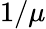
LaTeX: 1/\mu